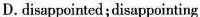
D.disappointed;disappointing